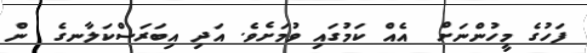
ފަހުގެ މީހުންނަށް  އެއް ކަމުގައި ވުމަށެވެ. އަދި އިބަރަސްކަލާނގެ  ން